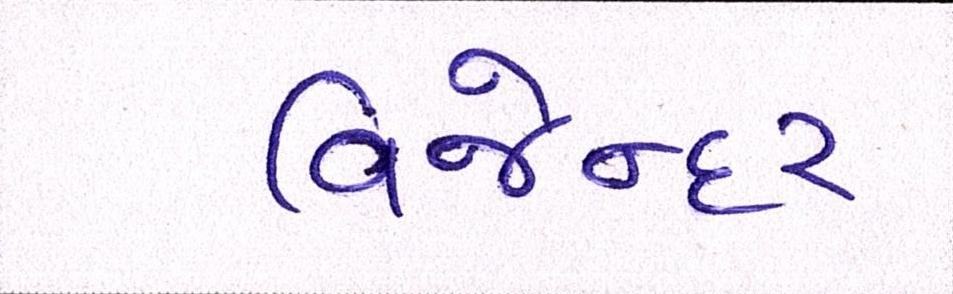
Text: વિજેન્દર